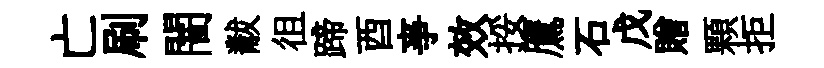
亡刷闇黻徂蹄酉亊效挼鷹石戊贈顆拒